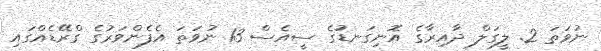
ނުވަތަ 2. ލީގަލް ދާއިރާގެ އޮނިގަނޑުގެ ސީއެސް 13 ނުވަތަ އެފެންވަރުގެ ގްރޭޑެއްގައި